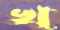
খ